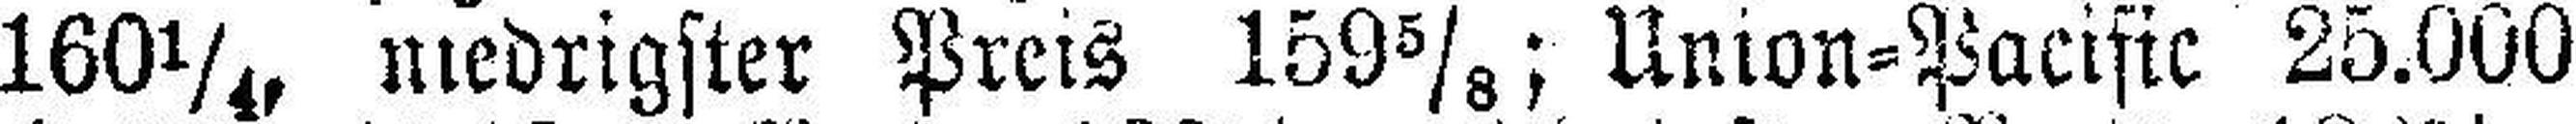
160¼, niedrigster Preis 159⅝; Union=Pacific 25.000